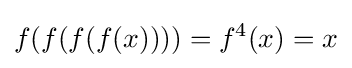
f(f(f(f(x))))=f^{4}(x)=x